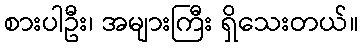
စားပါဦး၊ အများကြီး ရှိသေးတယ်။